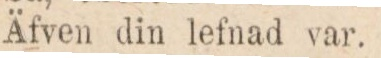
Äfven din lefnad var.